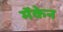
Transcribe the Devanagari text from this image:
मॅकेन